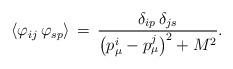
LaTeX: \begin{align*}\langle\varphi_{ij}\,\varphi_{sp}\rangle\,=\,\frac{\delta_{ip}\,\delta_{js}}{\bigl(p_{\mu}^i-p_{\mu}^j\bigr)^2+M^2}.\end{align*}